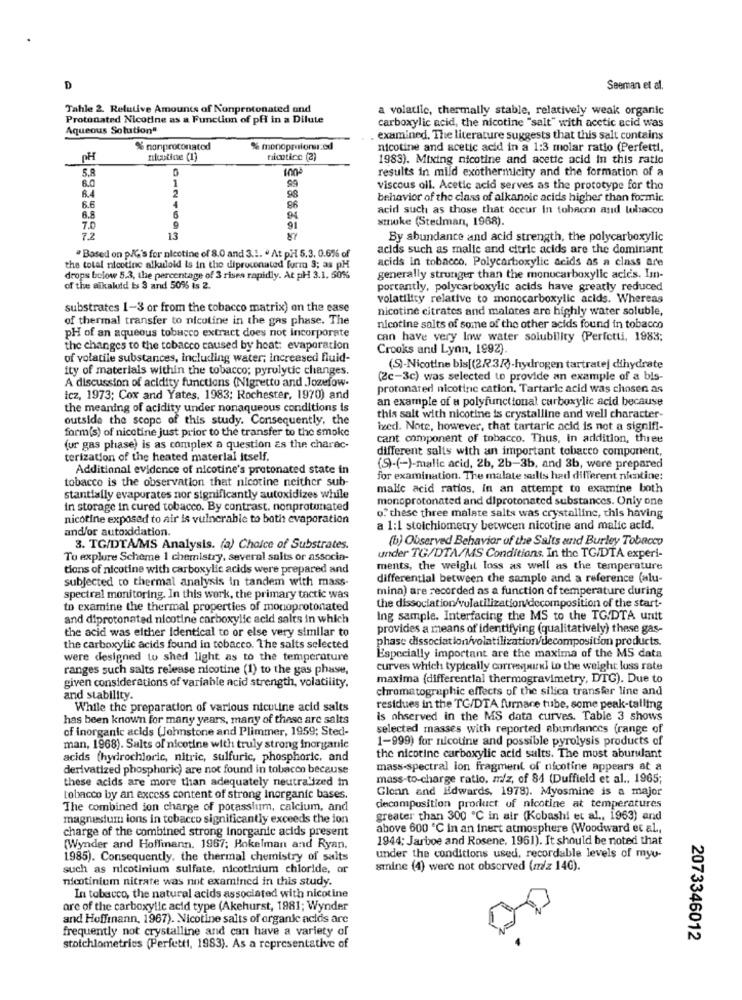
D
Seeman et al.
Tahle 2. Relative Amounts of Nonprotonated and
a volatile, thermally stable, relatively weak organic
Protonated Nicotine as a Function of pff in a Dilute
Aqueous Solution"
carboxylic acid, the nicotine "salt" with acetic acid was
examined. The literature suggests that this salt contains
% nonproconatod
% monopmionu.ed
nicotine and acetic acid in a 1:3 molar ratio (Perfetti,
OH
nicotine (1)
nicotine (2)
1983). Mixing nicotine and acetic acid in this ratio
5.8
results in mild exothermicity and the formation of a
6.0
1
84
2
99
viscous oil. Acetic acid serves as the prototype for the
6.6
4
98
behavior of the class of alkanoic acids higher than formic
6.8
86
acid such as those that occur In tobecon and tobacco
94
smoke (Stedman, 1968).
91
7.2
13
By abundance and acid strength, the polycarboxylic
acids such as malle and citric acids are the dominant
" Based on p/'s for nicotine of 8.0 and 3.1. . At pH 5.3. 0.6% of
acids in tobacco, Polycarboxylic acids as a class are
the total nicotine alkaloid is in the diprocenated furm 3; as pH
drops below 5.3, the percentage of 3 rises rapidly. At pH- 3.1. 50%
generally stronger than the monucarboxylic acics. Im-
of the alkaloid ts S and 50% is 2.
portantly, polycarboxylic acids have greatly reduced
volatility relative to monocarboxylic acids. Whereas
substrates 1-3 or from the tobacco matrix) on the ease
nicotine citrates and malotes are highly water soluble,
of thermal transfer to nicotine in the gas phase. The
pH of an aqueous tobacco extract does not incorporate
nicotine salts of some of the other acids found in tobacco
can have very low water solubility (Perfetti, 1983;
the changes to the tobacco caused by heat: evaporation
Crooks and Lynn, 1992)
of volatile substances, including water; increased fluid-
ity of materials within the tobacco; pyrulytic changes.
(S)-Nicotine bis[(2R3R)-hydrogen tartrate] dihydrate
A discussion of acidity functions (Nigretto and Jozefow-
(2c-3c) was selected to provide an example of a bis-
protonated nicotinic cation, Tartaric acid was chosen as
tez, 1973; Cox and Yates, 1983; Rochester, 1970) and
an example of a polyfunctional carboxylic acid because
the meaning of acidity under nonaqueous conditions is
outside the scope of this study. Consequently, the
this salt with nicotine is crystalline and well character-
form(s) of nicotine just prior to the transfer to the smoke
ixed. Note, however, that tartaric acid is not a signifi-
cant component of tobacco. Thus, in addition, three
(ur gas phase) is as complex a question Es the charac-
different salts with an important tobacco component,
terization of the heated material itself.
Additional evidence of nicotine's protonated state in
(S)-(-)-malic acid, 26, 2b-3b, and 3b, were prepared
tobacco is the observation that nicotine neither sub-
for examination. The malate saults had different nicotine:
malic acid ratios, In an attempt to examine both
stantially evaporates nor significantly autoxidizes while
monoprotonated and diprotonated substances. Only one
in storage in cured tobacco. By contrast, nonprotunated
nicotine exposed to air is vulnerable to both evaporation
o. these three malate salts was crystalline, this having
and/or autoxidation.
a 1:1 stoichiometry between nicotine and malic acid.
(b) Observed Behavior of the Salts and Burley Tobacco
3. TG/DTA/MS Analysis. (a) Choice of Substrates.
To explore Scheme 1 chemistry, several salts or associa-
under TG/DTA/MS Conditions. In the TG/DTA experi-
tions of nicotine with carboxylic acids were prepared and
ments, the weight loss as well as the temperature
subjected to thermal analysis in tandem with mass
differential between the sample and a reference (alu-
mina) are recorded as a function of temperature during
spectral monitoring. In this work, the primary tactic was
to examine the thermal properties of monoprotonated
the dissociation/volatilization/decomposition of the start-
and diprotonated nicotine carboxylic acid salts in which
Ing sample. Interfacing the MS to the TG.DTA unit
the acid was either Identical to or else very similar to
provides a means of identifying (qualitatively) these gas-
phase dissociation/volatilization/decomposition products.
the carboxylic acids found in tobacco. The salts selected
were designed to shed light as to the temperature
Especially important are the maxima of the MS data
ranges such salts release nicotine (1) to the gas phase,
curves which typically correspurl to the weight loss rate
maxima (differential thermogravimetry, DTG). Due to
given considerations of variable Acid strength, volatility.
chromatographic effects of the silica transfer line and
and stability.
While the preparation of various nicotine acid salts
residues in the TG/DTA furnace tube, some peak-talling
has been known for many years, many of these are salts
is observed in the MS data curves. Table 3 shows
of inorganic acids (Johnstone and Plimmer, 1959; Sted-
selected masses with reported abundlances (range of
1-999) for nicotine and possible pyrolysis products of
man, 1968). Salts of nicotine with truly strong inorganic
acids (hydrochloric, nitric, sulfuric, phosphoric, and
the nicotine carboxylic acid salts. The must aburwant
derivatized phosphoric) are not found in tobacco because
mass-spectral ion fragment of nicotine appears at a
these acids are more than adequately neutralized in
mass-to-charge ratio. m/z, of 84 (Duffield et al ., 1965;
Glenn and Edwards, 1978). Myosmine is a major
tobacco by an excess content of strong Inorganic bases.
The combined ion charge of potassium, calcium, and
decomposition product of nicotine at temperatures
magnesium ions in tobacco significantly exceeds the ion
greater than 300 ℃ in air (Kobashi et al ., 1963) and
charge of the combined strong inorganic acids present
above 600 ℃ in an inert atmosphere (Woodward et al .,
1944; Jarboe and Rosene. 1961). It should be noted that
(Wynder and Hoffinann. 1967; Hokelman and Ryan.
1985). Consequently, the thermal chemistry of salts
under the conditions used, recordable levels of myu-
such as nicotinium sulfate, nicotinium chloride, or
stine (4) were not observed (m/z 14G).
nicotinium nitrate was not examined in this study.
In tobacco, the natural acids associated with nicotine
are of the carboxylic acid type (Akehurst, 1981; Wynder
and Hoffmann, 1967). Nicotine salts of organic acids are
frequently not crystalline and can have a variety of
2073346012
stotchlometrics (Perfetti, 1983). As a representative of